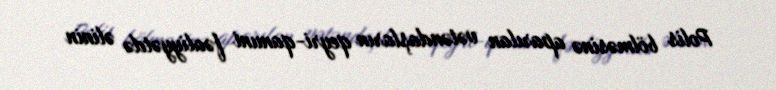
Polis bölməsinə aparılan vətəndaşların qeyri-qanuni fəaliyyətdə əlinin